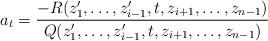
LaTeX: \begin{align*}a_t = \frac{-R(z'_1, \dots, z'_{i-1}, t, z_{i+1}, \dots, z_{n-1})}{Q(z'_1, \dots, z'_{i-1}, t, z_{i+1}, \dots, z_{n-1})}\end{align*}